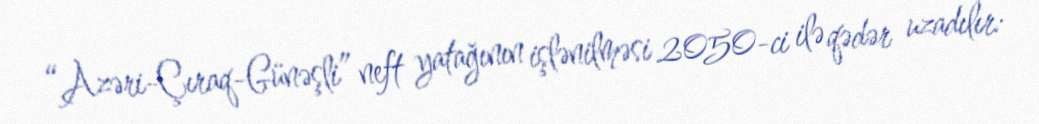
“Azəri-Çıraq-Günəşli” neft yatağının işlənilməsi 2050-ci ilə qədər uzadılır: